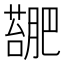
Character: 𫉳